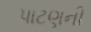
પાટણની